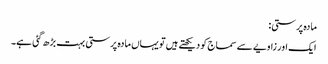
مادہ پرستی:
ایک اور زاویے سے سماج کو دیکھتے ہیں تو یہاں مادہ پرستی بہت بڑھ گئی ہے۔